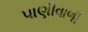
પાણીવાળી